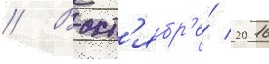
// В окт'ябр'е́ 2016